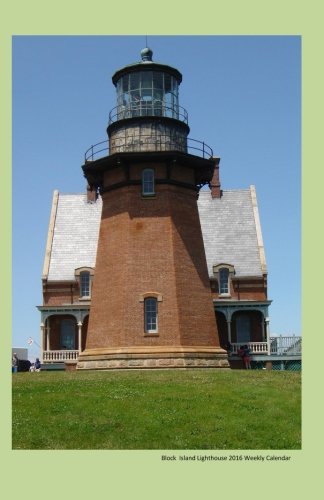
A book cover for Block Island Lighthouse 2016 Weekly Calendar: 2016 week by week calendar with a cover photo of a lighthouse on Block Island; K Rose; Calendars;